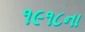
૧૯૧૮ના